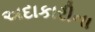
અદાકારીના